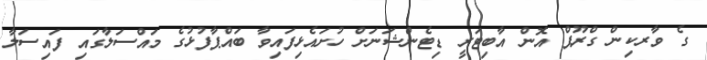
ގެ ވާރކިން ގްރޫޕް އޮން އާބިޓަރީ ޑިޓެންޝަނަށް ހުށައެޅިފައިވާ ބައްޕާފުޅުގެ މައްސަލާގައި ފައިސަލާ